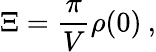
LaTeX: \Xi=\frac{\pi}{V}\rho(0)\: ,